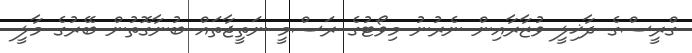
ގްރީސްގެ ދާޚިލީ ވުޒާރާއިން ނެރުނު މިވޯޓުގެ ރަސްމީ ނަތީޖާތައް ބުނާގޮތުން ބޭރުގެ މާލީ